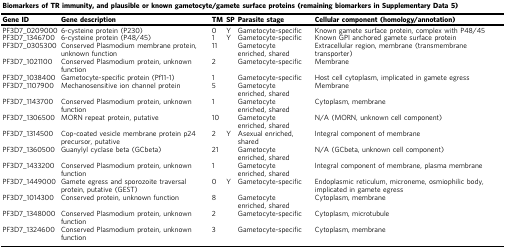
| <COLSPAN=8> Biomarkers of TR immunity, and plausible or known gametocyte/gamete surface proteins (remaining biomarkers in Supplementary Data 5) |
 | Gene ID | Gene description | TM | SP | Parasite stage |  |  | Cellular component (homology/annotation) |
 | --- | --- | --- | --- | --- | --- | --- | --- |
 | PF3D7_0209000 | 6-cysteine protein (P230) | 0 | Y | Gametocyte-specific |  |  | Known gamete surface protein, complex with P48/45 |
 | PF3D7_1346700 | 6-cysteine protein (P48/45) | 1 | Y | Gametocyte-specific |  |  | Known GPI anchored gamete surface protein |
 | PF3D7_0305300 | Conserved Plasmodium membrane protein, unknown function | 11 |  | Gametocyte enriched, shared |  |  | Extracellular region, membrane (transmembrane transporter) |
 | PF3D7_1021100 | Conserved Plasmodium protein, unknown function | 2 |  | Gametocyte-specific |  |  | Membrane |
 | PF3D7_1038400 | Gametocyte-specific protein (Pf11-1) | 1 |  | Gametocyte-specific |  |  | Host cell cytoplasm, implicated in gamete egress |
 | PF3D7_1107900 | Mechanosensitive ion channel protein | 5 |  | Gametocyte enriched, shared |  |  | Membrane |
 | PF3D7_1143700 | Conserved Plasmodium protein, unknown function | 1 |  | Gametocyte enriched, shared |  |  | Cytoplasm, membrane |
 | PF3D7_1306500 | MORN repeat protein, putative | 10 |  | Gametocyte enriched, shared |  |  | N/A (MORN, unknown cell component) |
 | PF3D7_1314500 | Cop-coated vesicle membrane protein p24 precursor, putative | 2 | Y | Asexual enriched, shared |  |  | Integral component of membrane |
 | PF3D7_1360500 | Guanylyl cyclase beta (GCbeta) | 21 |  | Gametocyte enriched, shared |  |  | N/A (GCbeta, unknown cell component) |
 | PF3D7_1433200 | Conserved Plasmodium protein, unknown function | 1 |  | Gametocyte enriched, shared |  |  | Integral component of membrane, plasma membrane |
 | PF3D7_1449000 | Gamete egress and sporozoite traversal protein, putative (GEST) | 0 | Y | Gametocyte-specific |  |  | Endoplasmic reticulum, microneme, osmiophilic body, implicated in gamete egress |
 | PF3D7_1014300 | Conserved protein, unknown function | 8 |  | Gametocyte enriched, shared |  |  | Cytoplasm, membrane |
 | PF3D7_1348000 | Conserved Plasmodium protein, unknown function | 2 |  | Gametocyte-specific |  |  | Cytoplasm, microtubule |
 | PF3D7_1324600 | Conserved Plasmodium protein, unknown function | 3 |  | Gametocyte-specific |  |  | Cytoplasm, membrane |